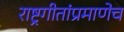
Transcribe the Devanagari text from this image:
राष्ट्रगीतांप्रमाणेच